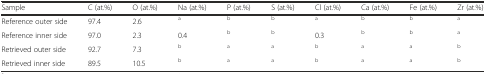
<table><thead><tr><td><b>Sample</b></td><td><b>C (at.%)</b></td><td><b>O (at.%)</b></td><td><b>Na (at.%)</b></td><td><b>P (at.%)</b></td><td><b>S (at.%)</b></td><td><b>Cl (at.%)</b></td><td><b>Ca (at.%)</b></td><td><b>Fe (at.%)</b></td><td><b>Zr (at.%)</b></td></tr></thead><tbody><tr><td>Reference outer side</td><td>97.4</td><td>2.6</td><td><sup>a</sup></td><td><sup>b</sup></td><td><sup>b</sup></td><td><sup>a</sup></td><td><sup>b</sup></td><td><sup>b</sup></td><td><sup>a</sup></td></tr><tr><td>Reference inner side</td><td>97.0</td><td>2.3</td><td>0.4</td><td><sup>b</sup></td><td><sup>b</sup></td><td>0.3</td><td><sup>b</sup></td><td><sup>b</sup></td><td><sup>a</sup></td></tr><tr><td>Retrieved outer side</td><td>92.7</td><td>7.3</td><td><sup>b</sup></td><td><sup>a</sup></td><td><sup>a</sup></td><td><sup>b</sup></td><td><sup>a</sup></td><td><sup>a</sup></td><td><sup>b</sup></td></tr><tr><td>Retrieved inner side</td><td>89.5</td><td>10.5</td><td><sup>b</sup></td><td><sup>a</sup></td><td><sup>a</sup></td><td><sup>b</sup></td><td><sup>a</sup></td><td><sup>a</sup></td><td><sup>b</sup></td></tr></tbody></table>